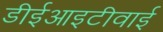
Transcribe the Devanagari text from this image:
डीईआइटीवाई